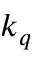
k _ { q }